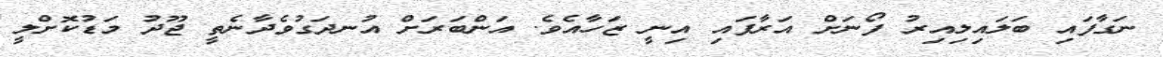
ނަގާފައި ބަލައިލިއިރު ފޯނަށް އަރާފައި އިނީ ޒަހާއެވެ. އަންބަރަށް އުނދަގުވެދާނެތީ ޖޫދު މަޑުކޮށްލީ